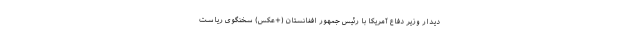
دیدار وزیر دفاع آمریکا با رئیس جمهور افغانستان (+عکس) سخنگوی ریاست